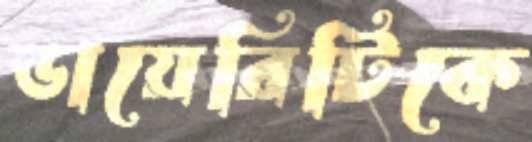
ডায়েরিটিকে